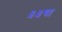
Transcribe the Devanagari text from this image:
३३चा